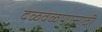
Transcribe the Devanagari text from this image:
दळवळणासाठी